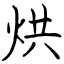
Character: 烘